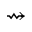
\rightsquigarrow